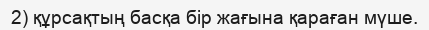
2) құрсақтың басқа бір жағына қараған мүше.